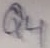
Text: Q4